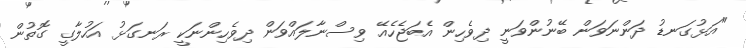
"އަޅުގަނޑު ދަންނަވަން ބޭނުންވަނީ ދިވެހިން އެބަޖެހެއޭ ވިސްނާލައްވަން ދިވެހިންނަކީ ރަނގަޅު އަހުލާގީ ގޮތުން